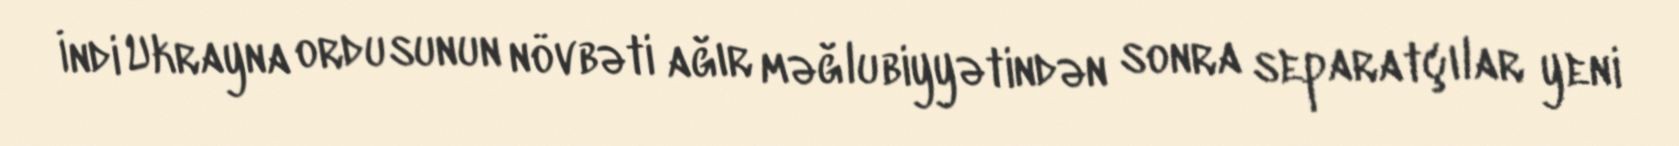
İndi Ukrayna ordusunun növbəti ağır məğlubiyyətindən sonra separatçılar yeni